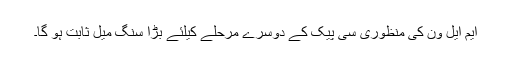
ایم ایل ون کی منظوری سی پیک کے دوسرے مرحلے کیلئے بڑا سنگ میل ثابت ہو گا۔